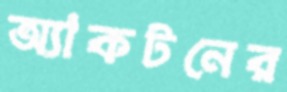
অ্যাকটনের